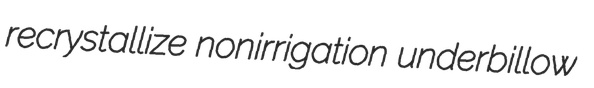
recrystallize nonirrigation underbillow